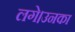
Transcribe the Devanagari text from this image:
लगे।उनका